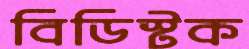
বিডিস্টক